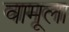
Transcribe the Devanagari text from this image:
वामूला